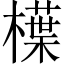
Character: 𣜿